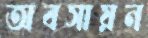
অবসায়ন